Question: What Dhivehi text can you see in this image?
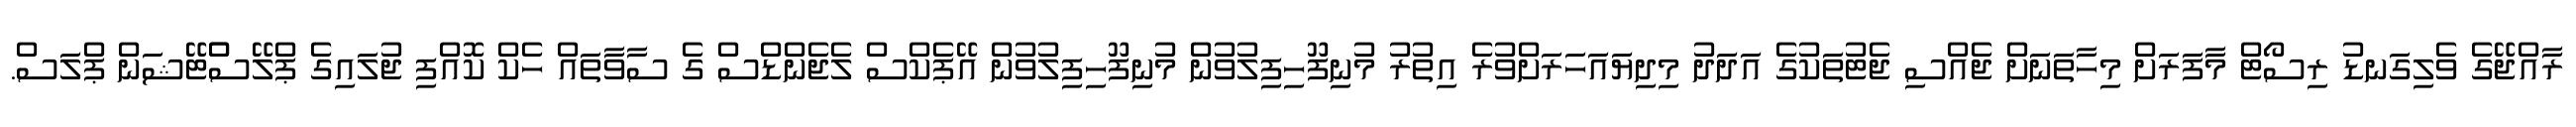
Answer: ރާއްޖޭގެ ވެލިގަނޑު ރިސޯޓް މާފަރަށް މިހާތަނަށް ޖެއްސި ޖެޓުތަކުގެ އަދަދު މިދިޔައަހަރަށްވުރެ އިތުރު މުނިފޫހިފިލުވުން މުނިފޫހިފިލުވުން އޭޕެކްސް ލެޖެންޑްސް ގެ ސާވާތައް ހެކް ކޮއްފި ޖުލައިގެ ޕްލޭސްްޓޭޝަން ޕްލަސް.